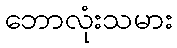
ဘောလုံးသမား